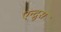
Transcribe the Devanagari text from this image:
एन्द्रुस